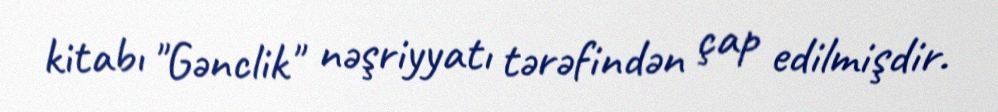
kitabı "Gənclik" nəşriyyatı tərəfindən çap edilmişdir.